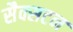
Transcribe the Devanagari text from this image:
सैक्सटन